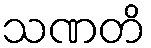
သဏတိ